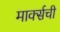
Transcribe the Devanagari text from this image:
मार्क्सची